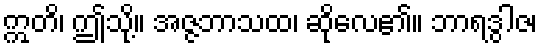
ဣတိ၊ ဤသို့။ အဇ္ဇဘာသထ၊ ဆိုလေ၏။ ဘာရဒွါဇ၊